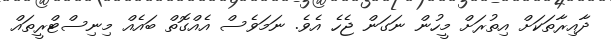
ދާއިރާތަކަށް އިތުރަށް މީހުން ނަގަން ޖެހެ އެވެ. ނަމަވެސް އެއްގޮތް ބައެއް މިނިސްޓްރީތައް